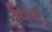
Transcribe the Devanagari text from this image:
पिएँ।